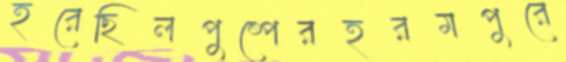
হরেছিলপুষ্পেরহরমপুরে